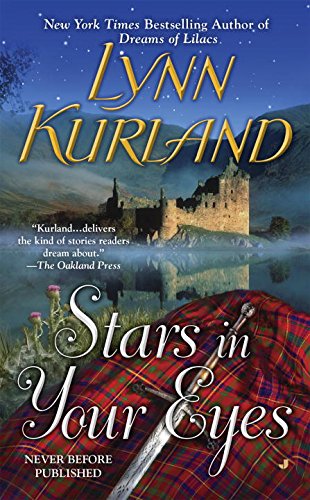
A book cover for Stars in Your Eyes; Lynn Kurland; Romance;